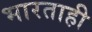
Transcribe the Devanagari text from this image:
भारताही